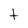
Character: t